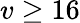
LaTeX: v\geq 16